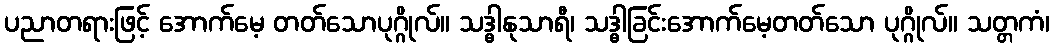
ပညာတရားဖြင့် အောက်မေ့ တတ်သောပုဂ္ဂိုလ်။ သဒ္ဓါနုသာရီ၊ သဒ္ဓါခြင်းအောက်မေ့တတ်သော ပုဂ္ဂိုလ်။ သတ္တကံ၊